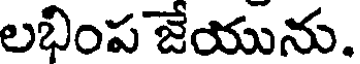
లభింప జేయును.